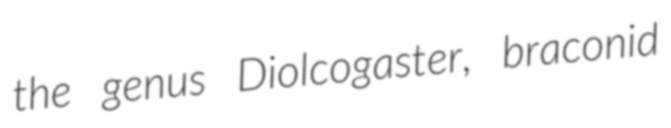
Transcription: the genus Diolcogaster, braconid